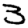
Digit: 3